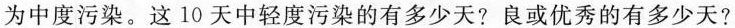
为中度污染。这10天中轻度污染的有多少天?良或优秀的有多少天?